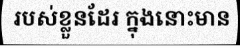
របស់ខ្លួនដែរ ក្នុងនោះមាន